Cholera in southern India
Disease focus: Cholera
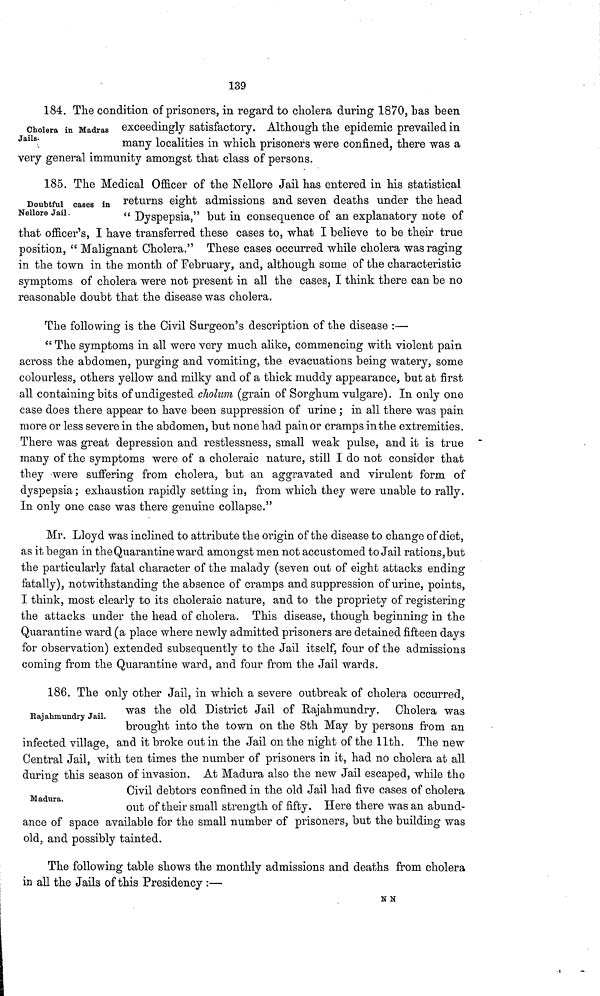
139
Cholera in Madras
Jails-
184. The condition of prisoners, in regard to cholera during 1870, Las been
exceedingly satisfactory. Although the epidemic prevailed in
many localities in which prisoners were confined, there was a
very general immunity amongst that class of persons.
Doubtful cases in
Nellore Jail.
185. The Medical Officer of the Nellore Jail has entered in his statistical
returns eight admissions and seven deaths under the head
" Dyspepsia," but in consequence of an explanatory note of
that officer's, I have transferred these cases to, what I believe to be their true
position, " Malignant Cholera." These cases occurred while cholera was raging
in the town in the month of February, and, although some of the characteristic
symptoms of cholera were not present in all the cases, I think there can be no
reasonable doubt that the disease was cholera.
The following is the Civil Surgeon's description of the disease :—
" The symptoms in all were very much alike, commencing with violent pain
across the abdomen, purging and vomiting, the evacuations being watery, some
colourless, others yellow and milky and of a thick muddy appearance, but at first
all containing bits of undigested cholum (grain of Sorghum vulgare). In only one
case does there appear to have been suppression of urine ; in all there was pain
more or less severe in the abdomen, but none had pain or cramps in the extremities.
There was great depression and restlessness, small weak pulse, and it is true
many of the symptoms were of a choleraic nature, still I do not consider that
they were suffering from cholera, but an aggravated and virulent form of
dyspepsia ; exhaustion rapidly setting in, from which they were unable to rally.
In only one case was there genuine collapse."
Mr. Lloyd was inclined to attribute the origin of the disease to change of diet,
as it began in the Quarantine ward amongst men not accustomed to Jail rations, but
the particularly fatal character of the malady (seven out of eight attacks ending
fatally), notwithstanding the absence of cramps and suppression of urine, points,
I think, most clearly to its choleraic nature, and to the propriety of registering
the attacks under the head of cholera. This disease, though beginning in the
Quarantine ward (a place where newly admitted prisoners are detained fifteen days
for observation) extended subsequently to the Jail itself, four of the admissions
coming from the Quarantine ward, and four from the Jail wards.
Rajahmundry Jail.
186. The only other Jail, in which a severe outbreak of cholera occurred,
was the old District Jail of Rajahmundry. Cholera was
brought into the town on the 8th May by persons from an
infected village, and it broke out in the Jail on the night of the 11th. The new
Central Jail, with ten times the number of prisoners in it, had no cholera at all
during this season of invasion. At Madura also the new Jail escaped, while the
Madura.
Civil debtors contied in the old Jail had five cases of cholera
out of their small strength of fifty. Here there was an abund-
ance of space available for the small number of prisoners, but the building was
old, and possibly tainted.
The following table shows the monthly admissions and deaths from cholera
in all the Jails of this Presidency :—
N N